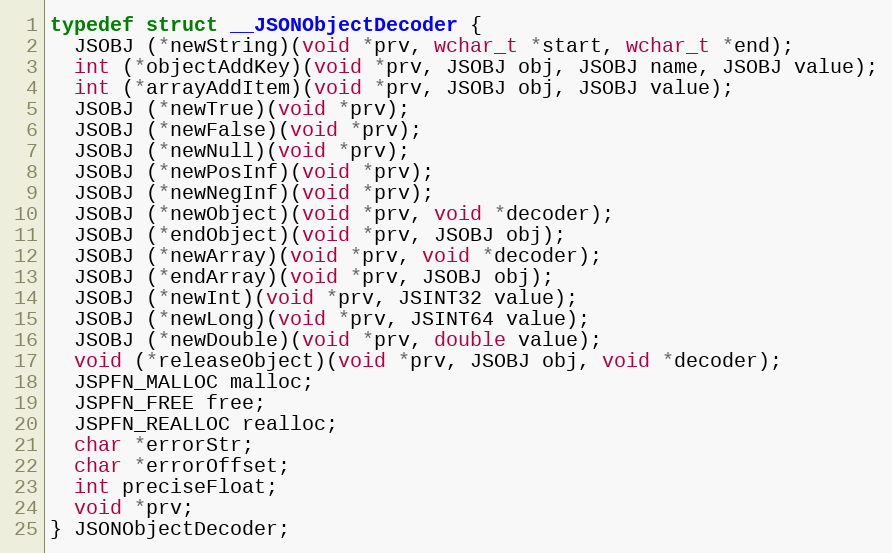
Language: C
typedef struct __JSONObjectDecoder {
  JSOBJ (*newString)(void *prv, wchar_t *start, wchar_t *end);
  int (*objectAddKey)(void *prv, JSOBJ obj, JSOBJ name, JSOBJ value);
  int (*arrayAddItem)(void *prv, JSOBJ obj, JSOBJ value);
  JSOBJ (*newTrue)(void *prv);
  JSOBJ (*newFalse)(void *prv);
  JSOBJ (*newNull)(void *prv);
  JSOBJ (*newPosInf)(void *prv);
  JSOBJ (*newNegInf)(void *prv);
  JSOBJ (*newObject)(void *prv, void *decoder);
  JSOBJ (*endObject)(void *prv, JSOBJ obj);
  JSOBJ (*newArray)(void *prv, void *decoder);
  JSOBJ (*endArray)(void *prv, JSOBJ obj);
  JSOBJ (*newInt)(void *prv, JSINT32 value);
  JSOBJ (*newLong)(void *prv, JSINT64 value);
  JSOBJ (*newDouble)(void *prv, double value);
  void (*releaseObject)(void *prv, JSOBJ obj, void *decoder);
  JSPFN_MALLOC malloc;
  JSPFN_FREE free;
  JSPFN_REALLOC realloc;
  char *errorStr;
  char *errorOffset;
  int preciseFloat;
  void *prv;
} JSONObjectDecoder;